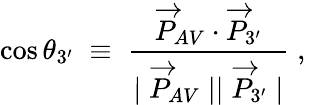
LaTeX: \cos\theta_{3^{\prime}}\; \equiv\; \frac{\overrightarrow{P}_{AV}\cdot\overrightarrow{P}_{3^{\prime}}}{\mid\overrightarrow{P}_{AV}\mid\mid\overrightarrow{P}_{3^{\prime}}\mid}\; ,\,